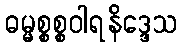
ဓမ္မစ္စစ္စဝါရနိဒ္ဒေသ